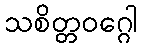
သစိတ္တဝဂ္ဂေါ